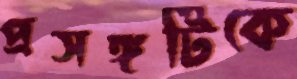
প্রসঙ্গটিকে